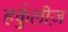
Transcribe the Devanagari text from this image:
हर्कुलीज़